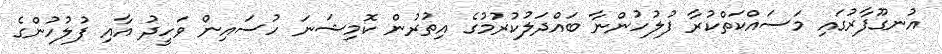
އުނގޫފާރުގައި މަސައްކަތްކުރާ ފުލުހުންނާ ބައްދަލުކުރުމުގެ އިތުރުން ކޮމިޝަނަ ހުސައިން ވަހީދު އާއި ފުލުހުންގެ